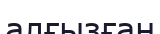
алғызған